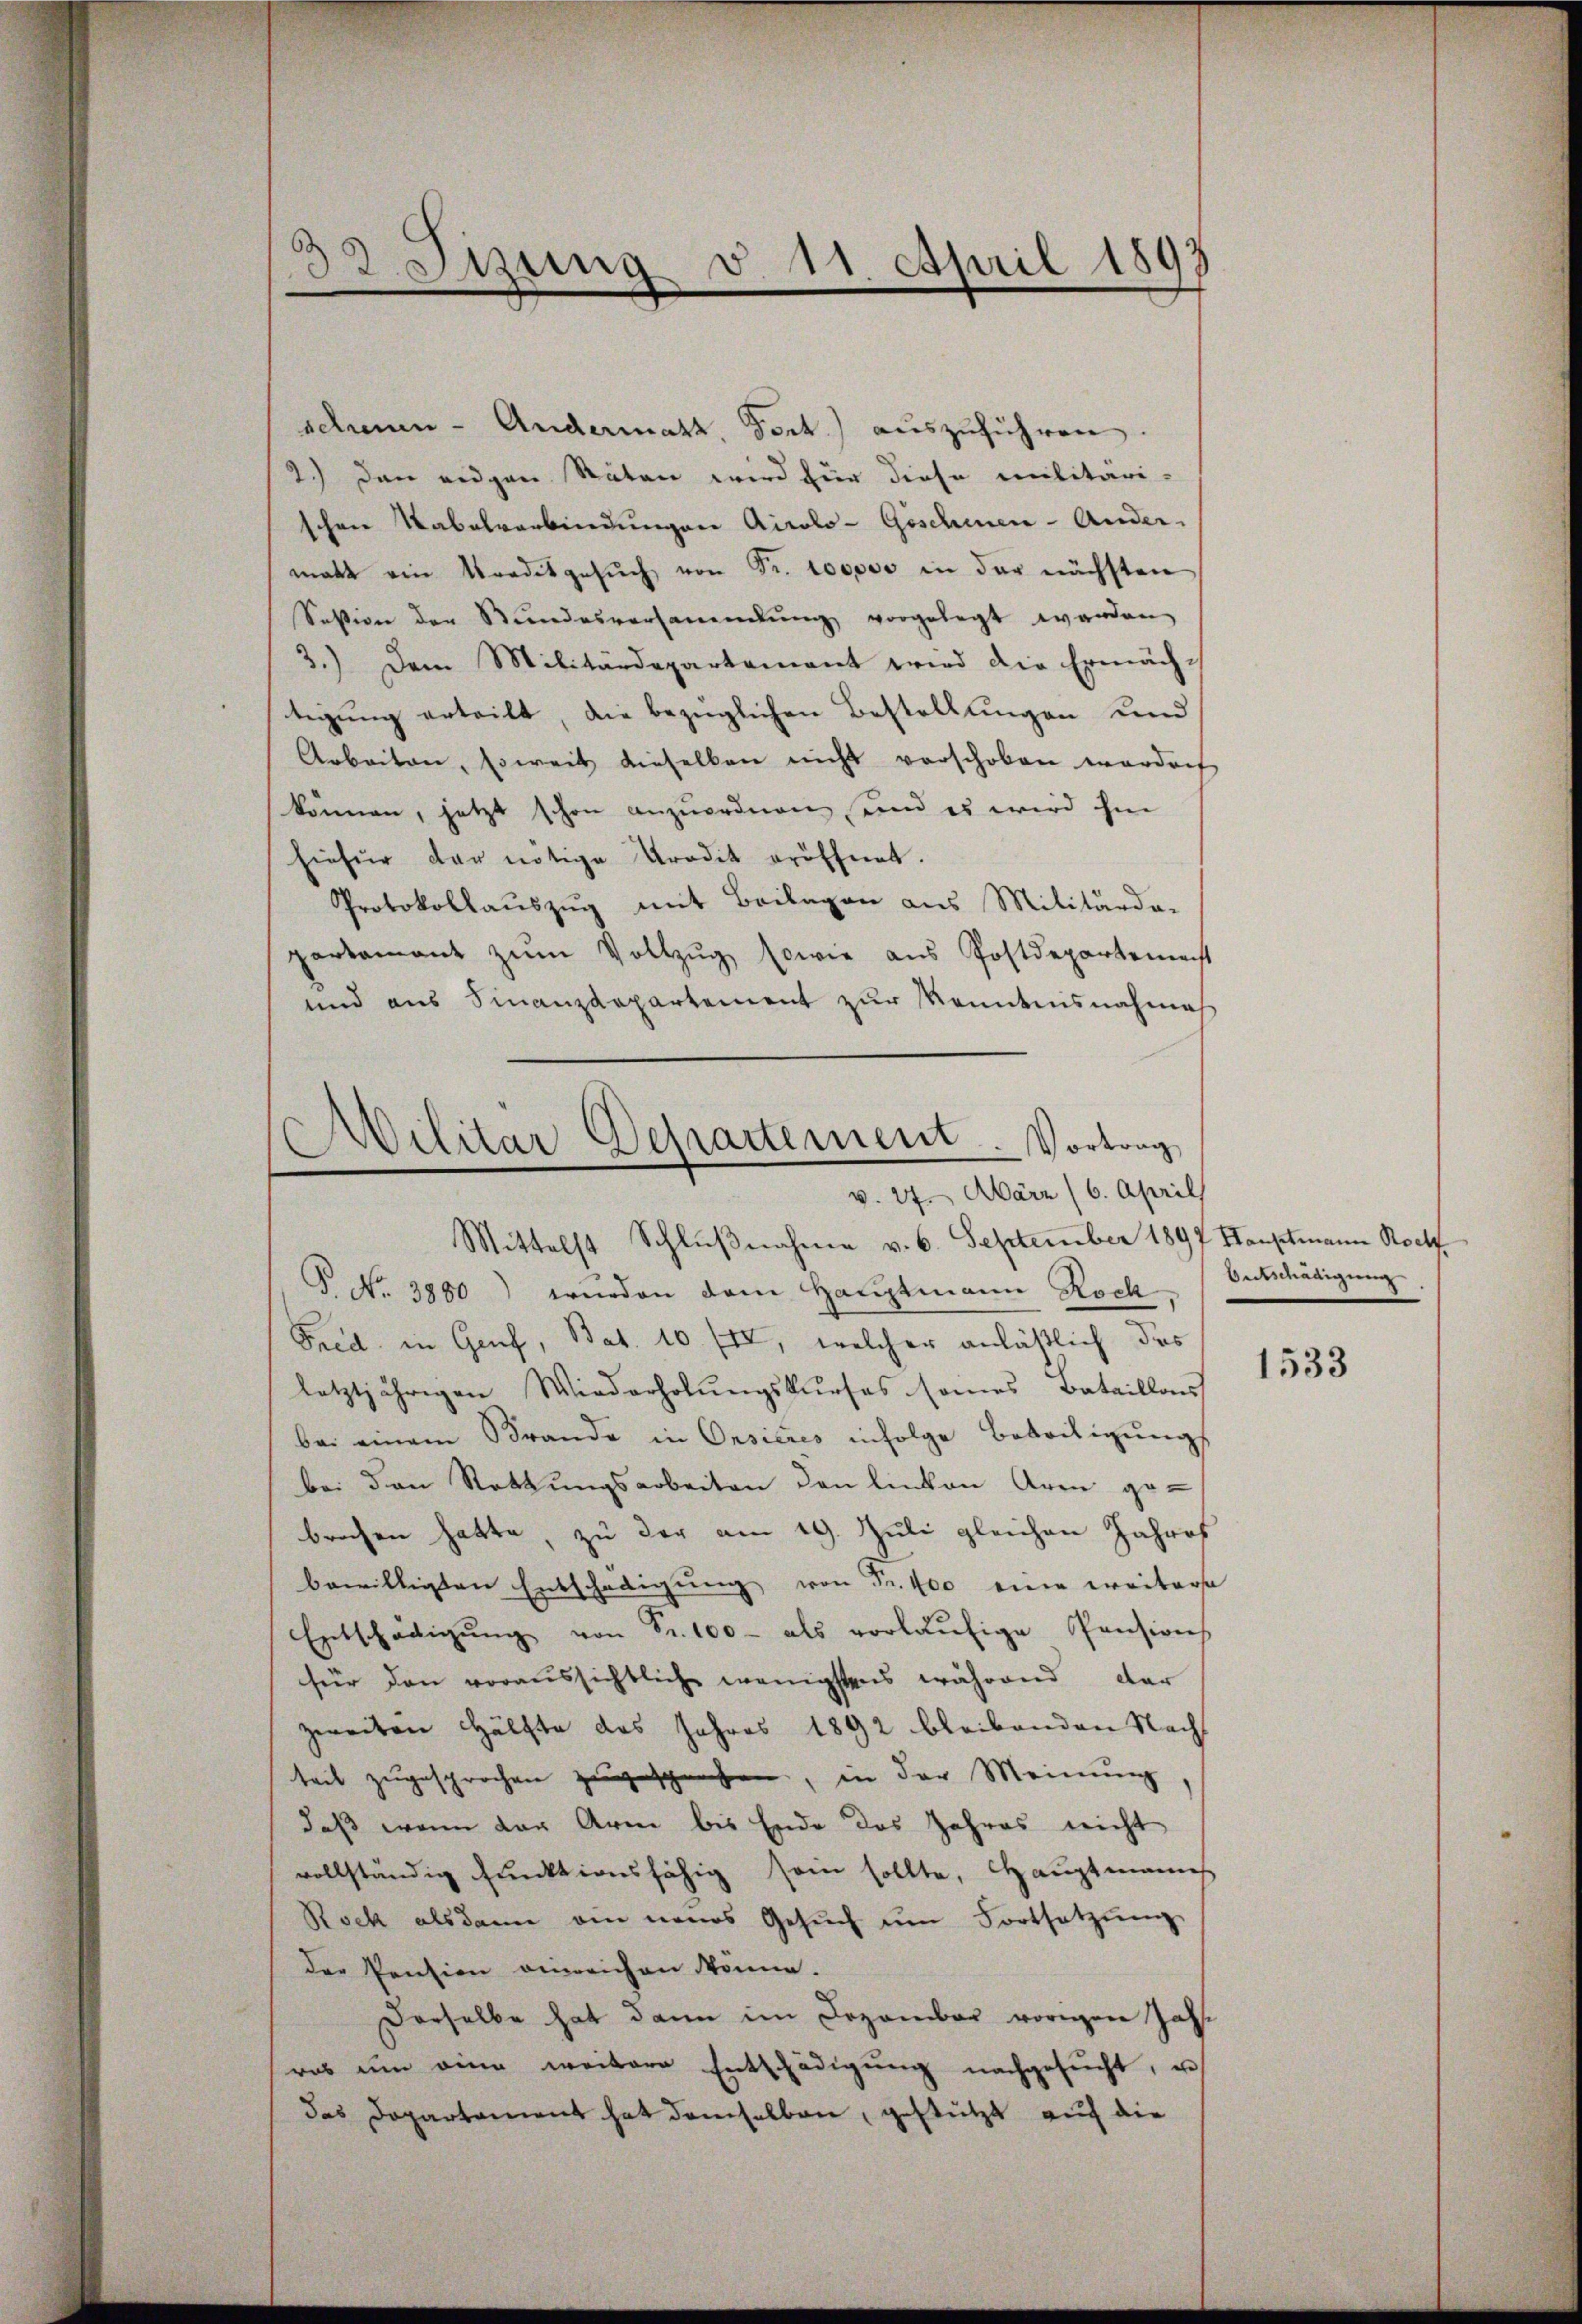
6
B Stzung d. 11. April 1897

schen - Andermatt, Fort) auszuführen.
2.) Dann eidgen Räten wird für diese militäri-
schen Tabelverbindungen Airolo-Geschien-Ander-
matt ein Gradesgesŭch von Fr. 100000 in der nächsten
Session der Stundesversammlung vorgelegt werden
3.) Dem Militärdepartement wird die Ermächtigung erteilt, die bezüglichen Bestellungen und
Arbeiten, soweit dieselben nicht verschoben worden.
können, jetzt schon anzuordnen und es wird hi
hiefür der nötige Kredit eröffnet.
Protokollauszug mit Beilagen aus Militärde-
partamant zŭm Vollzŭg sowie aus Postdepartement
und aus Finanzdepartement zur Kenntnisnahmes
P. Nr. 3880) wurden dem Hauptmann Roch
Fred, in Genf, Bat. 10. fl, welcher anläßlich das
letztjährigen Wiederholungskurses sames Bataillons
bei einem Brande in Onsieres infolge Beseitigungs
bei den Rettungsarbeiten den linken Arm gebrochen hatte, zu der am 19. Juli gleichen Jahres
bewilligten Entschädigung von Fr. 400 eine weitersa
Entschädigŭng von Fr. 100 - als vorläŭfige Pensions
für den voraussichtliche wenigstens während dar
zweiten Hälfte das Jahres 1892 bleibenden Nachs
teil zugesprochen zugesprochen, in der Meinung
daß wenn der Arm bis Ende des Jahres nicht
vollständig funktionsfähig sein sollte, Hauptmann
Rock alsdann am neues Gesŭch ŭm Fortsetzŭng
der Pension einreichen könne.
Derselbe hat dann im Dezember vorigen Jahras ŭm eine weitere Entschädigŭng nachgesŭcht, u
das Dopartement hat demselben, gestützt auf die

Militar Departement. Vortrag
v. 27. März (6. April
Mittelst Schlŭβnahme v. 6. September 1897 Hauptmann Rockf

Ontschädigung

1533